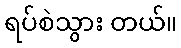
ရပ်စဲသွား တယ်။